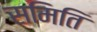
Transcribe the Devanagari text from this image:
समिति